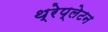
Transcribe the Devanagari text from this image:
थ्रेप्लेटन